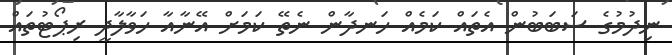
ނިދުމުގެ ސަބަބުން އެތައް ކަމެއް ހަނދާން ނެތޭ ކަމަށް އޭނާއާ ހަވާލާދީ ރިޕޯޓުތައް